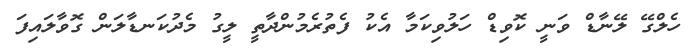
ހެލްގޭ ލޭނާޑް ވަނީ ކޮވިޑް ހަލުވިކަމާ އެކު ފެތުރެމުންދާތީ ލީގު މެދުކަނޑާލަން ގޮވާލައިފަ